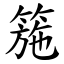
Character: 箷